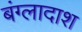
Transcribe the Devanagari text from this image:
बंग्लादाश